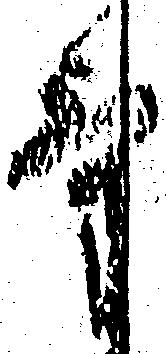
気